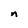
Character: n